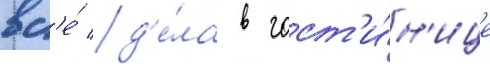
вс'е́ д'е́ла в гост'и́н'ице